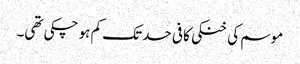
موسم کی خنکی کافی حد تک کم ہو چکی تھی۔